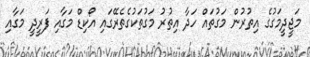
މަޖީދީމަގުގެ އިތުރުން މަގުތައް ހަދާ އިތުރު މަގުތަކުގެތެރޭގައި އޯކިޑް މަގާއި ފަރީދީ މަގާއި